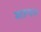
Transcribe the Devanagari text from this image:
माउन्टन